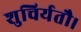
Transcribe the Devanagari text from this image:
शुचिर्यतौ।